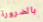
بالضرورة